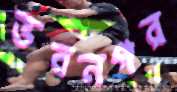
ভবনগর